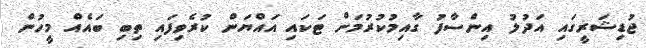
ޖުޑިޝަރީގައި އަދުލު އިންސާފު ގާއިމުކުރުމަށް ޓަކައި އައްޔަން ކުރެވިފައި ތިބި ބައެއް މީހުން